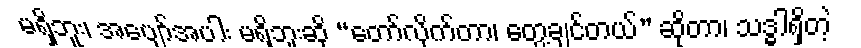
မရှိဘူး၊ အပျော်အပါး မရှိဘူးဆို “တော်လိုက်တာ၊ တွေ့ချင်တယ်” ဆိုတာ၊ သဒ္ဓါရှိတဲ့